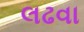
લઢવા